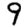
Digit: 9